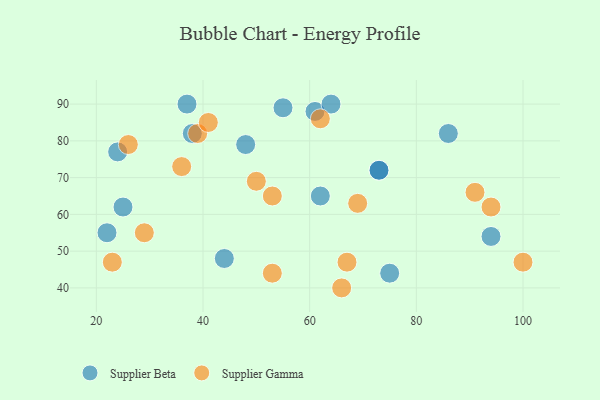
{"axis": {"x": "GDP", "y": "Life Expectancy"}, "legend": ["Supplier Beta", "Supplier Gamma"], "data": [{"x": "55", "y": 89, "type": "Supplier Beta"}, {"x": "48", "y": 79, "type": "Supplier Beta"}, {"x": "25", "y": 62, "type": "Supplier Beta"}, {"x": "61", "y": 88, "type": "Supplier Beta"}, {"x": "73", "y": 72, "type": "Supplier Beta"}, {"x": "64", "y": 90, "type": "Supplier Beta"}, {"x": "86", "y": 82, "type": "Supplier Beta"}, {"x": "24", "y": 77, "type": "Supplier Beta"}, {"x": "22", "y": 55, "type": "Supplier Beta"}, {"x": "75", "y": 44, "type": "Supplier Beta"}, {"x": "94", "y": 54, "type": "Supplier Beta"}, {"x": "44", "y": 48, "type": "Supplier Beta"}, {"x": "37", "y": 90, "type": "Supplier Beta"}, {"x": "38", "y": 82, "type": "Supplier Beta"}, {"x": "62", "y": 65, "type": "Supplier Beta"}, {"x": "73", "y": 72, "type": "Supplier Beta"}, {"x": "62", "y": 86, "type": "Supplier Gamma"}, {"x": "50", "y": 69, "type": "Supplier Gamma"}, {"x": "36", "y": 73, "type": "Supplier Gamma"}, {"x": "26", "y": 79, "type": "Supplier Gamma"}, {"x": "91", "y": 66, "type": "Supplier Gamma"}, {"x": "66", "y": 40, "type": "Supplier Gamma"}, {"x": "100", "y": 47, "type": "Supplier Gamma"}, {"x": "23", "y": 47, "type": "Supplier Gamma"}, {"x": "69", "y": 63, "type": "Supplier Gamma"}, {"x": "53", "y": 44, "type": "Supplier Gamma"}, {"x": "39", "y": 82, "type": "Supplier Gamma"}, {"x": "53", "y": 65, "type": "Supplier Gamma"}, {"x": "29", "y": 55, "type": "Supplier Gamma"}, {"x": "41", "y": 85, "type": "Supplier Gamma"}, {"x": "94", "y": 62, "type": "Supplier Gamma"}, {"x": "67", "y": 47, "type": "Supplier Gamma"}]}